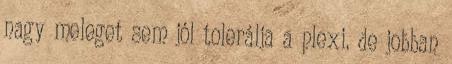
nagy meleget sem jól tolerálja a plexi. de jobban